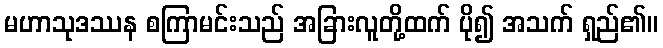
မဟာသုဒဿန စကြာမင်းသည် အခြားလူတို့ထက် ပို၍ အသက် ရှည်၏။